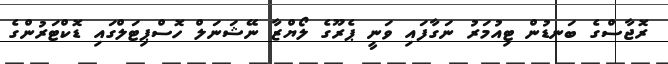
ރޮޖާސްގެ ބަނޑުން ޓިއުމަރު ނަގާފައި ވަނީ ޕެރޫގެ ލޯޔްޒާ ނޭޝަނަލް ހޮސްޕިޓަލްގައި ޑޮކްޓަރުންގެ